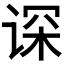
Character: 𬤂